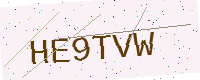
Text: HE9TVW